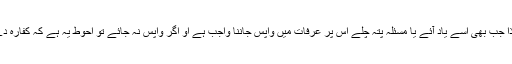
لہذا جب بھی اسے یاد آئے یا مسئلہ پتہ چلے اس پر عرفات میں واپس جاننا واجب ہے او اگر واپس نہ جائے تو احوط یہ ہے کہ کفارہ دے۔